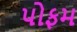
પોફમ